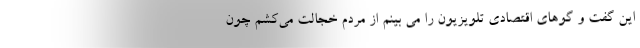
این گفت و گوهای اقتصادی تلویزیون را می بینم از مردم خجالت می‌کشم چون